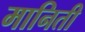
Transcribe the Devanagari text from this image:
मानिती